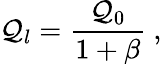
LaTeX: \mathcal{Q}_{l}=\frac{{\mathcal{Q}_{0}}}{{1+\beta}}~,